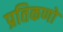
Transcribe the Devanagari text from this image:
प्रतिकणो